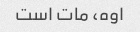
اوه، مات است